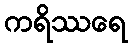
ကရိဿရေ